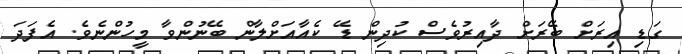
ގަޑި އިރަށް ބޭރަށް ދާއިރުވެސް ކުދިން ޑޭ ކެއާއަށްލާން ބޭނުންވާ މީހުންނެވެ. އެފަދަ